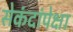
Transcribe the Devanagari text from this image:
सेकंदांपेक्षा